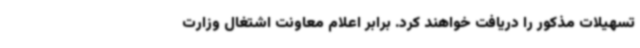
تسهیلات مذکور را دریافت خواهند کرد. برابر اعلام معاونت اشتغال وزارت